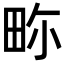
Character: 𤱏